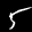
Digit: 5